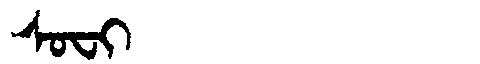
Manchu: ᠰᠣᠸᡳ
Romanization: SOFI